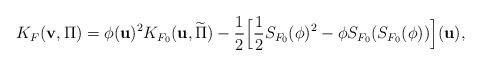
LaTeX: \begin{align*}K_F({\bf v},\Pi) = \phi({\bf u})^2K_{F_0}({\bf u},\widetilde{\Pi})-\frac{1}{2}\Bigl[\frac{1}{2}S_{F_0}(\phi)^2-\phi S_{F_0}(S_{F_0}(\phi))\Bigr]({\bf u}),\end{align*}